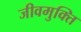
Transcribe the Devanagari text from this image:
जीवमुक्ति